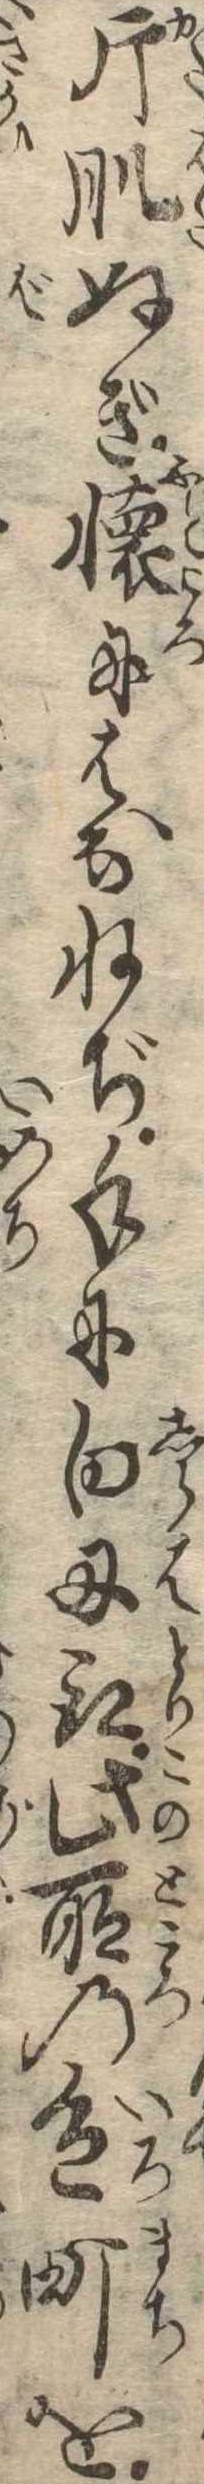
片肌ぬぎ懐にはなねぢ手に白刃取此所の色町を